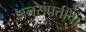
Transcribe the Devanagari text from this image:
धनसंपत्तीचा